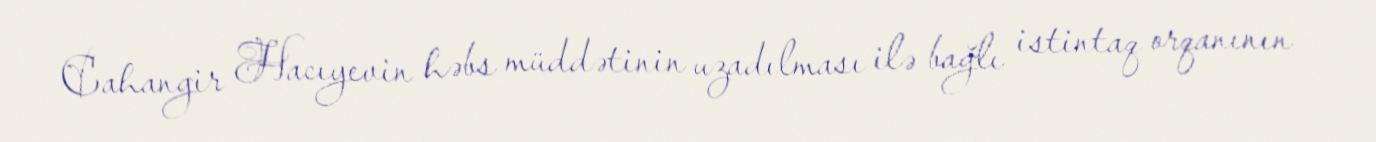
Cahangir Hacıyevin həbs müddətinin uzadılması ilə bağlı istintaq orqanının